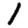
Digit: 1